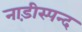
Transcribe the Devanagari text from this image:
नाड़ीस्पन्द